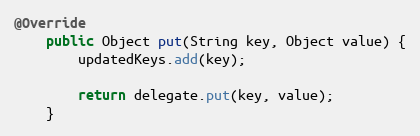
Language: Java
@Override
    public Object put(String key, Object value) {
        updatedKeys.add(key);

        return delegate.put(key, value);
    }